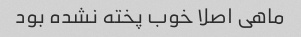
ماهی اصلا خوب پخته نشده بود